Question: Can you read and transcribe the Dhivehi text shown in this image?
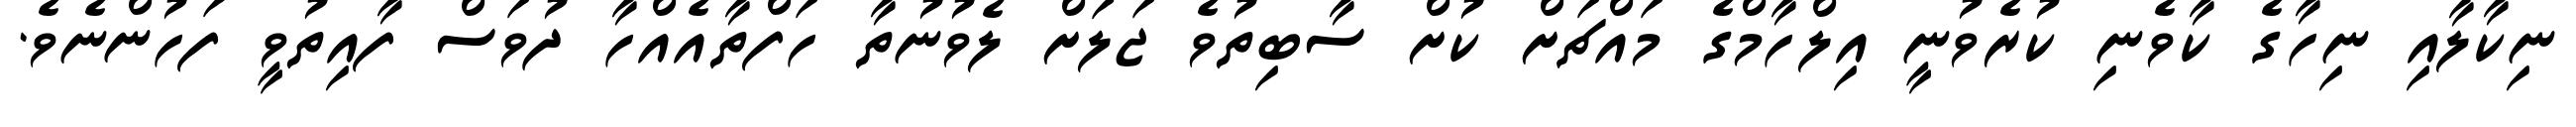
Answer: ނިކާލާއި ނިހާގެ ކާވެނި ކުރެވުނީ އިލްހާމްގެ މައްޗަށް ކުށް ސާބިތުވެ ޖަލަށް ލެވުނުތާ ހަފްތާއެއްހާ ދުވަސް ފާއިތުވީ ފަހުންނެވެ.